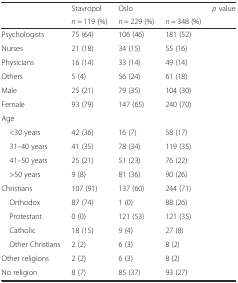
<table><thead><tr><td rowspan="2">[EMPTY_CELL]</td><td><b>Stavropol</b></td><td><b>Oslo</b></td><td>[EMPTY_CELL]</td><td rowspan="2"><b><i>p</i> value</b></td></tr><tr><td><b><i>n</i> = 119 (%)</b></td><td><b><i>n</i> = 229 (%)</b></td><td><b><i>n</i> = 348 (%)</b></td></tr></thead><tbody><tr><td>Psychologists</td><td>75 (64)</td><td>106 (46)</td><td>181 (52)</td><td>[EMPTY_CELL]</td></tr><tr><td>Nurses</td><td>21 (18)</td><td>34 (15)</td><td>55 (16)</td><td>[EMPTY_CELL]</td></tr><tr><td>Physicians</td><td>16 (14)</td><td>33 (14)</td><td>49 (14)</td><td>[EMPTY_CELL]</td></tr><tr><td>Others</td><td>5 (4)</td><td>56 (24)</td><td>61 (18)</td><td>[EMPTY_CELL]</td></tr><tr><td>Male</td><td>25 (21)</td><td>79 (35)</td><td>104 (30)</td><td>[EMPTY_CELL]</td></tr><tr><td>Female</td><td>93 (79)</td><td>147 (65)</td><td>240 (70)</td><td>[EMPTY_CELL]</td></tr><tr><td colspan="4">Age</td><td>[EMPTY_CELL]</td></tr><tr><td> &lt;30 years</td><td>42 (36)</td><td>16 (7)</td><td>58 (17)</td><td>[EMPTY_CELL]</td></tr><tr><td> 31–40 years</td><td>41 (35)</td><td>78 (34)</td><td>119 (35)</td><td>[EMPTY_CELL]</td></tr><tr><td> 41–50 years</td><td>25 (21)</td><td>51 (23)</td><td>76 (22)</td><td>[EMPTY_CELL]</td></tr><tr><td> &gt;50 years</td><td>9 (8)</td><td>81 (36)</td><td>90 (26)</td><td>[EMPTY_CELL]</td></tr><tr><td>Christians</td><td>107 (91)</td><td>137 (60)</td><td>244 (71)</td><td>[EMPTY_CELL]</td></tr><tr><td> Orthodox</td><td>87 (74)</td><td>1 (0)</td><td>88 (26)</td><td>[EMPTY_CELL]</td></tr><tr><td> Protestant</td><td>0 (0)</td><td>121 (53)</td><td>121 (35)</td><td>[EMPTY_CELL]</td></tr><tr><td> Catholic</td><td>18 (15)</td><td>9 (4)</td><td>27 (8)</td><td>[EMPTY_CELL]</td></tr><tr><td> Other Christians</td><td>2 (2)</td><td>6 (3)</td><td>8 (2)</td><td>[EMPTY_CELL]</td></tr><tr><td>Other religions</td><td>2 (2)</td><td>6 (3)</td><td>8 (2)</td><td>[EMPTY_CELL]</td></tr><tr><td>No religion</td><td>8 (7)</td><td>85 (37)</td><td>93 (27)</td><td>[EMPTY_CELL]</td></tr></tbody></table>